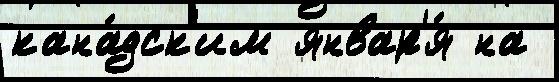
кана́дск'им январ'я́ на